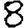
Digit: 8